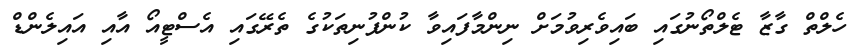
ހެލްތް ގާޒާ ޓެލްތޯނުގައި ބައިވެރިވުމަށް ނިންމާފައިވާ ކުންފުނިތަކުގެ ތެރޭގައި އެސްޓީއޯ އާއި އައިލެންޑް